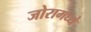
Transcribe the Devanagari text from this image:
जोरामध्ये